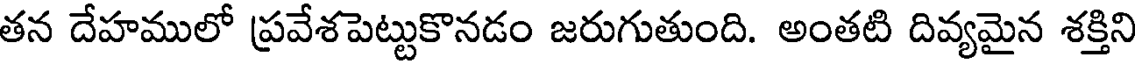
తన దేహములో ప్రవేశపెట్టుకొనడం జరుగుతుంది. అంతటి దివ్యమైన శక్తిని